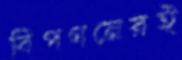
বিপণনেরই